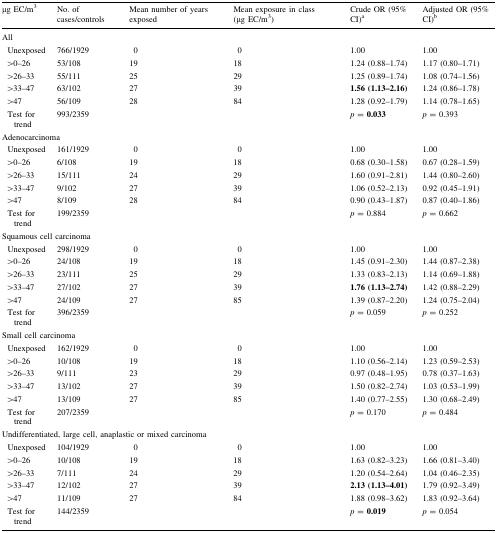
<table><thead><tr><td><b>μg EC/m<sup>3</sup></b></td><td><b>No. of cases/controls</b></td><td><b>Mean number of years exposed</b></td><td><b>Mean exposure in class (μg EC/m<sup>3</sup>)</b></td><td><b>Crude OR (95% CI)<sup>a</sup></b></td><td><b>Adjusted OR (95% CI)<sup>b</sup></b></td></tr></thead><tbody><tr><td colspan="6">All</td></tr><tr><td> Unexposed</td><td>766/1929</td><td>0</td><td>0</td><td>1.00</td><td>1.00</td></tr><tr><td> &gt;0–26</td><td>53/108</td><td>19</td><td>18</td><td>1.24 (0.88–1.74)</td><td>1.17 (0.80–1.71)</td></tr><tr><td> &gt;26–33</td><td>55/111</td><td>25</td><td>29</td><td>1.25 (0.89–1.74)</td><td>1.08 (0.74–1.56)</td></tr><tr><td> &gt;33–47</td><td>63/102</td><td>27</td><td>39</td><td><b>1.56 (1.13–2.16)</b></td><td>1.24 (0.86–1.78)</td></tr><tr><td> &gt;47</td><td>56/109</td><td>28</td><td>84</td><td>1.28 (0.92–1.79)</td><td>1.14 (0.78–1.65)</td></tr><tr><td> Test for trend</td><td>993/2359</td><td></td><td></td><td><i>p</i> = <b>0.033</b></td><td><i>p</i> = 0.393</td></tr><tr><td colspan="6">Adenocarcinoma</td></tr><tr><td> Unexposed</td><td>161/1929</td><td>0</td><td>0</td><td>1.00</td><td>1.00</td></tr><tr><td> &gt;0–26</td><td>6/108</td><td>19</td><td>18</td><td>0.68 (0.30–1.58)</td><td>0.67 (0.28–1.59)</td></tr><tr><td> &gt;26–33</td><td>15/111</td><td>24</td><td>29</td><td>1.60 (0.91–2.81)</td><td>1.44 (0.80–2.60)</td></tr><tr><td> &gt;33–47</td><td>9/102</td><td>27</td><td>39</td><td>1.06 (0.52–2.13)</td><td>0.92 (0.45–1.91)</td></tr><tr><td> &gt;47</td><td>8/109</td><td>28</td><td>84</td><td>0.90 (0.43–1.87)</td><td>0.87 (0.40–1.86)</td></tr><tr><td> Test for trend</td><td>199/2359</td><td></td><td></td><td><i>p</i> = 0.884</td><td><i>p</i> = 0.662</td></tr><tr><td colspan="6">Squamous cell carcinoma</td></tr><tr><td> Unexposed</td><td>298/1929</td><td>0</td><td>0</td><td>1.00</td><td>1.00</td></tr><tr><td> &gt;0–26</td><td>24/108</td><td>19</td><td>18</td><td>1.45 (0.91–2.30)</td><td>1.44 (0.87–2.38)</td></tr><tr><td> &gt;26–33</td><td>23/111</td><td>25</td><td>29</td><td>1.33 (0.83–2.13)</td><td>1.14 (0.69–1.88)</td></tr><tr><td> &gt;33–47</td><td>27/102</td><td>27</td><td>39</td><td><b>1.76 (1.13–2.74)</b></td><td>1.42 (0.88–2.29)</td></tr><tr><td> &gt;47</td><td>24/109</td><td>27</td><td>85</td><td>1.39 (0.87–2.20)</td><td>1.24 (0.75–2.04)</td></tr><tr><td> Test for trend</td><td>396/2359</td><td></td><td></td><td><i>p</i> = 0.059</td><td><i>p</i> = 0.252</td></tr><tr><td colspan="6">Small cell carcinoma</td></tr><tr><td> Unexposed</td><td>162/1929</td><td>0</td><td>0</td><td>1.00</td><td>1.00</td></tr><tr><td> &gt;0–26</td><td>10/108</td><td>19</td><td>18</td><td>1.10 (0.56–2.14)</td><td>1.23 (0.59–2.53)</td></tr><tr><td> &gt;26–33</td><td>9/111</td><td>23</td><td>29</td><td>0.97 (0.48–1.95)</td><td>0.78 (0.37–1.63)</td></tr><tr><td> &gt;33–47</td><td>13/102</td><td>27</td><td>39</td><td>1.50 (0.82–2.74)</td><td>1.03 (0.53–1.99)</td></tr><tr><td> &gt;47</td><td>13/109</td><td>27</td><td>85</td><td>1.40 (0.77–2.55)</td><td>1.30 (0.68–2.49)</td></tr><tr><td> Test for trend</td><td>207/2359</td><td></td><td></td><td><i>p</i> = 0.170</td><td><i>p</i> = 0.484</td></tr><tr><td colspan="6">Undifferentiated, large cell, anaplastic or mixed carcinoma</td></tr><tr><td> Unexposed</td><td>104/1929</td><td>0</td><td>0</td><td>1.00</td><td>1.00</td></tr><tr><td> &gt;0–26</td><td>10/108</td><td>19</td><td>18</td><td>1.63 (0.82–3.23)</td><td>1.66 (0.81–3.40)</td></tr><tr><td> &gt;26–33</td><td>7/111</td><td>24</td><td>29</td><td>1.20 (0.54–2.64)</td><td>1.04 (0.46–2.35)</td></tr><tr><td> &gt;33–47</td><td>12/102</td><td>27</td><td>39</td><td><b>2.13 (1.13–4.01)</b></td><td>1.79 (0.92–3.49)</td></tr><tr><td> &gt;47</td><td>11/109</td><td>27</td><td>84</td><td>1.88 (0.98–3.62)</td><td>1.83 (0.92–3.64)</td></tr><tr><td> Test for trend</td><td>144/2359</td><td></td><td></td><td><i>p</i> = <b>0.019</b></td><td><i>p</i> = 0.054</td></tr></tbody></table>